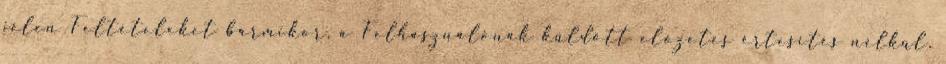
jelen Feltételeket bármikor, a Felhasználónak küldött előzetes értesítés nélkül,